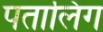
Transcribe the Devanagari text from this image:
पतालिंग